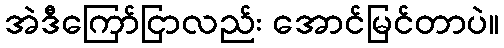
အဲဒီကြော်ငြာလည်း အောင်မြင်တာပဲ။